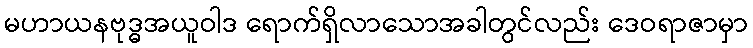
မဟာယနဗုဒ္ဓအယူဝါဒ ရောက်ရှိလာသောအခါတွင်လည်း ဒေဝရာဇာမှာ